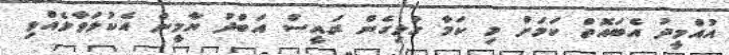
އުއްމީދު އެބައޮތް ކަމަށް މި ކަމާ ގުޅިގެން ރައީސް އަބްދު ޔާމީން އެކުލަވާލެއްވި